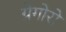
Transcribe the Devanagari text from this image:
ग्रेगोरो